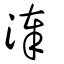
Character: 淎